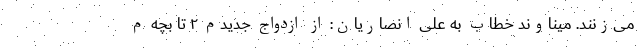
می‌زنند. میناوند خطاب به علی انصاریان: از ازدواج جدیدم ۲ تا بچه م